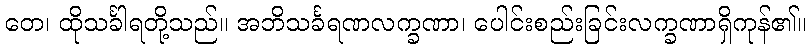
တေ၊ ထိုသင်္ခါရတို့သည်။ အဘိသင်္ခရဏလက္ခဏာ၊ ပေါင်းစည်းခြင်းလက္ခဏာရှိကုန်၏။